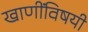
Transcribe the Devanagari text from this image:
खाणींविषयी